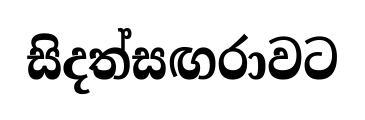
සිදත්සඟරාවට